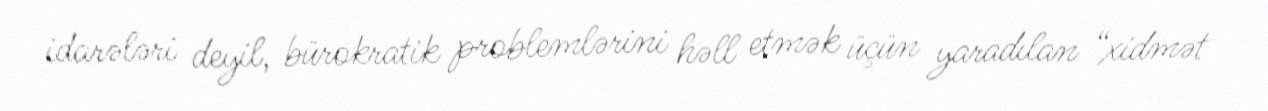
idarələri deyil, bürokratik problemlərini həll etmək üçün yaradılan “xidmət